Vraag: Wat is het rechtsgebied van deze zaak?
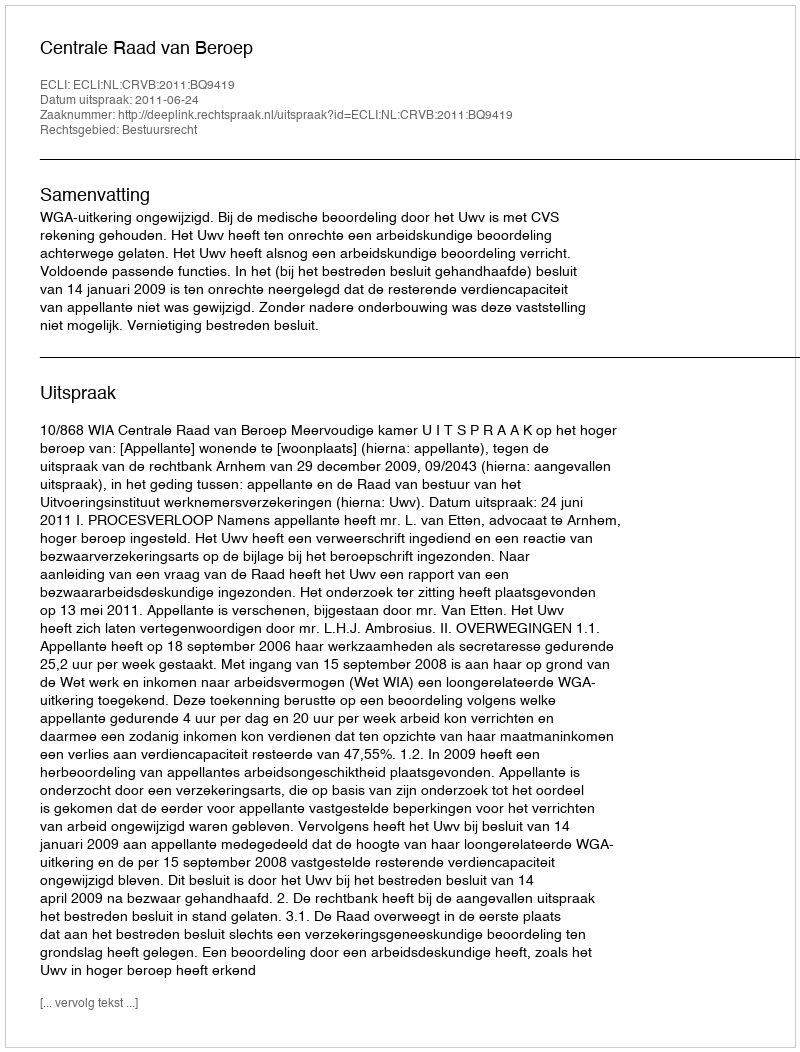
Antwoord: Bestuursrecht